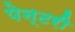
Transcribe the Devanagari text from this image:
पेन्टरी